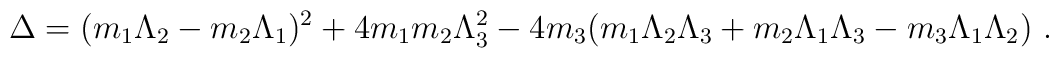
\Delta=(m_1\Lambda_2-m_2\Lambda_1)^2+4m_1m_2\Lambda_3^2 -4m_3(m_1\Lambda_2\Lambda_3+m_2\Lambda_1\Lambda_3-m_3\Lambda_1\Lambda_2)~.